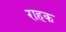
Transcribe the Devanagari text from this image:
राहक